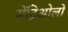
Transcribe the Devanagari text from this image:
सेंट्रिओलों